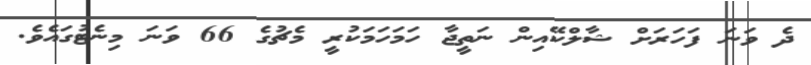
ދެ ވަނަ ފަހަރަށް ޝާލްކޭއިން ނަތީޖާ ހަމަހަމަކުރީ މެޗުގެ 66 ވަނަ މިނެޓުގައެވެ.